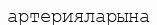
артерияларына